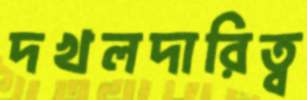
দখলদারিত্ব